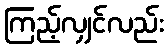
ကြည့်လျှင်လည်း